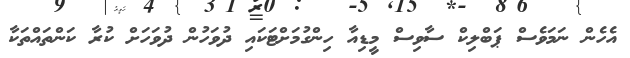
އެހެން ނަމަވެސް ޕަބްލިކް ސާވިސް މީޑިއާ ހިންގުމަށްޓަކައި ދުވަހުން ދުވަހަށް ކުރާ ކަންތައްތަކާ